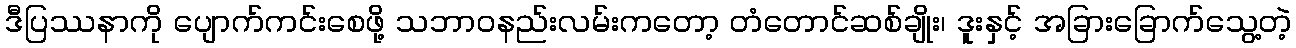
ဒီပြဿနာကို ပျောက်ကင်းစေဖို့ သဘာဝနည်းလမ်းကတော့ တံတောင်ဆစ်ချိုး၊ ဒူးနှင့် အခြားခြောက်သွေ့တဲ့